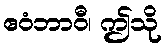
ဧဝံဘာဝီ၊ ဤသို